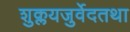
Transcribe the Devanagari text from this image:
शुक्लयजुर्वेदतथा